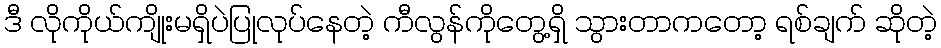
ဒီ လိုကိုယ်ကျိုးမရှိပဲပြုလုပ်နေတဲ့ ကီလွန်ကိုတွေ့ရှိ သွားတာကတော့ ရစ်ချက် ဆိုတဲ့